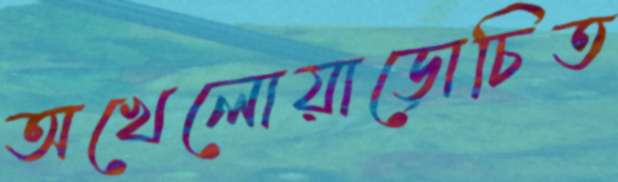
অখেলোয়াড়োচিত